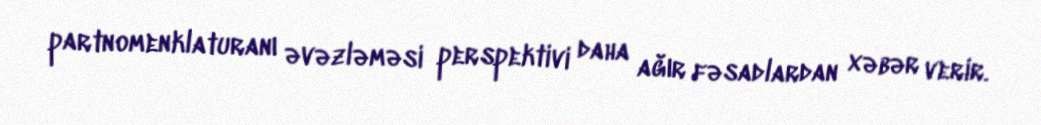
partnomenklaturanı əvəzləməsi perspektivi daha ağır fəsadlardan xəbər verir.